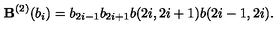
{ \bf B } ^ { ( 2 ) } ( b _ { i } ) = b _ { 2 i - 1 } b _ { 2 i + 1 } b ( 2 i , 2 i + 1 ) b ( 2 i - 1 , 2 i ) .